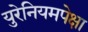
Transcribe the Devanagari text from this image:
युरेनियमपेक्षा